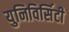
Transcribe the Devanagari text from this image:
युनिविर्सिटी